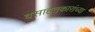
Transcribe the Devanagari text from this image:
वसाहतकारांच्या